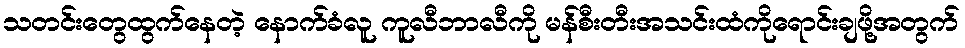
သတင်းတွေထွက်နေတဲ့ နောက်ခံလူ ကူလီဘာလီကို မန်စီးတီးအသင်းထံကိုရောင်းချဖို့အတွက်